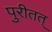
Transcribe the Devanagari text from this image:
पुरीतत्